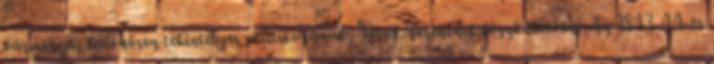
vármegye, különösen tekintélyes politikusának, Deák Ferencnek köszönhetően. Az 1843-44-es